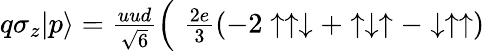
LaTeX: \begin{array}{rlr}{q\sigma_{z}|p\rangle={\frac{uud}{\sqrt{6}}}\Big(\! \! \! \! \! \! \! \! \! \! }&{{}}&{{\frac{2e}{3}}(-2\uparrow\uparrow\downarrow+\uparrow\downarrow\uparrow-\downarrow\uparrow\uparrow)}\end{array}